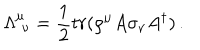
LaTeX: \Lambda _ { \, \, \nu } ^ { \mu } = \frac { 1 } { 2 } t r ( \rho ^ { \mu } A \sigma _ { \nu } A ^ { \dagger } ) \, .